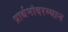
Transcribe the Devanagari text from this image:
प्रार्थनांदरम्यान